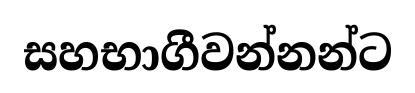
සහභාගීවන්නන්ට